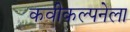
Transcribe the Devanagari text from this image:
कवीकल्पनेला